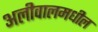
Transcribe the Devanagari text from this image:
अलीवालमधील